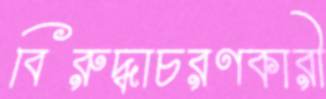
বিরুদ্ধাচরণকারী